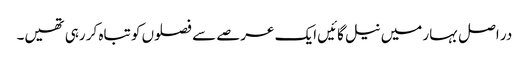
در اصل بہار میں نیل گائیں ایک عرصے سے فصلوں کو تباہ کر رہی تھیں۔